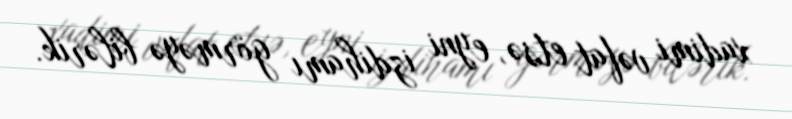
xadimi vəfat etsə, eyni izdihamı görməyə bilərik.